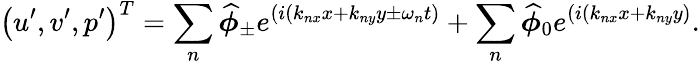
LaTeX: \left(u^{\prime},v^{\prime},p^{\prime}\right)^{T}=\sum_{n}\widehat{\boldsymbol{\phi}}_{\pm}e^{(i(k_{nx}x+k_{ny}y\pm\omega_{n}t)}+\sum_{n}\widehat{\boldsymbol{\phi}}_{0}e^{(i(k_{nx}x+k_{ny}y)}.